Malaria in the Punjab - Number 46
Disease focus: Malaria
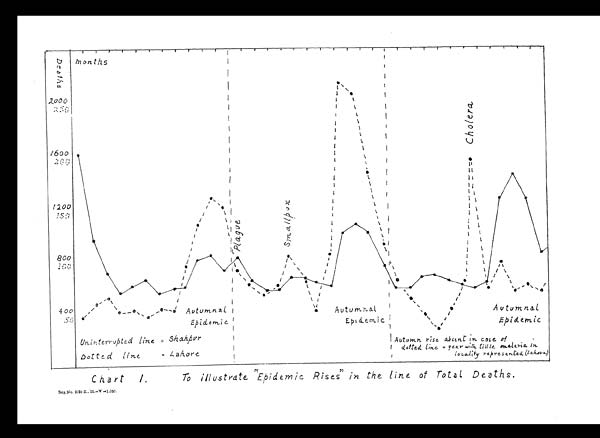
Chart 1. To illustrate "Epidemic Rises" in the line of Total. Death
s.
Reg. No. 3121 E., 11.—V—1.050